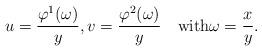
LaTeX: \begin{align*}u=\frac{\varphi^1(\omega)}y,v=\frac{\varphi^2(\omega)}y\quad\mbox{with}\omega=\frac xy.\end{align*}